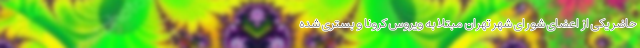
حاضر یکی از اعضای شورای شهر تهران مبتلا به ویروس کرونا و بستری شده